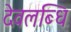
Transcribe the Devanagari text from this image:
देवलब्धि